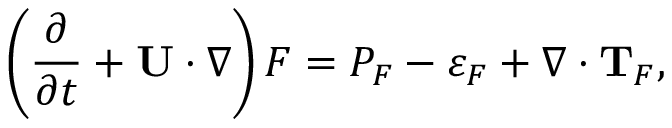
\left( { \frac { \partial } { \partial t } + { \bf { U } } \cdot \nabla } \right) F = P _ { F } - \varepsilon _ { F } + \nabla \cdot { \bf { T } } _ { F } ,